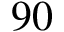
9 0